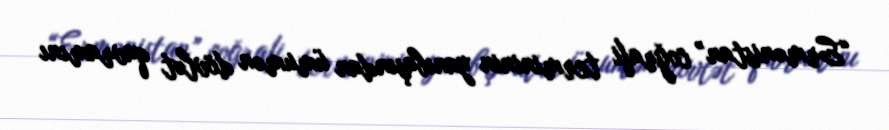
“Ermənistan” coğrafi termininin yanıbaşından ümumən dövlət qavramını